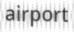
airport